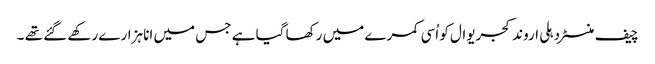
چیف منسٹر دہلی اروند کجریوال کو اُسی کمرے میں رکھا گیا ہے جس میں انا ہزارے رکھے گئے تھے ۔